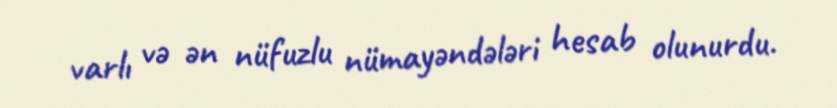
varlı və ən nüfuzlu nümayəndələri hesab olunurdu.